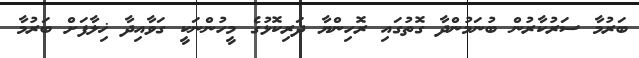
ބަރުމާ ސަރުކާރުން ބުނަމުންދާ ގޮތުގައި ރޮހިންޔާ ދަރިކޮޅުގެ މީހުންނަކީ ގަވާއިދާ ޚިލާފަށް ބަރުމާ